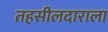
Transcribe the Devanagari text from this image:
तहसीलदाराला